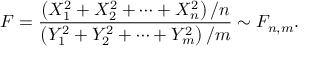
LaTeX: F = { \frac { \left( X _ { 1 } ^ { 2 } + X _ { 2 } ^ { 2 } + \cdots + X _ { n } ^ { 2 } \right) / n } { \left( Y _ { 1 } ^ { 2 } + Y _ { 2 } ^ { 2 } + \cdots + Y _ { m } ^ { 2 } \right) / m } } \sim F _ { n , m } .